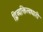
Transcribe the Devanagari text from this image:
द्विव्यक्तित्वधारी